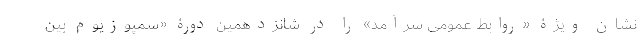
نشان ویژۀ «روابط عمومی سرآمد» را در شانزدهمین دورۀ «سمپوزیوم بین‌